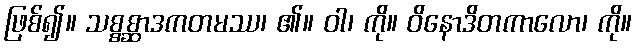
ဖြစ်၍။ သစ္စစ္ဆာဒကတမဿ၊ ၏။ ဝါ၊ ကို။ ဝိနောဒိတကာလော၊ ကို။